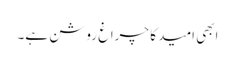
ابھی امید کا چراغ روشن ہے۔